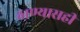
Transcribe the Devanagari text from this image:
ठाण्यासही